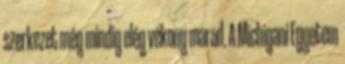
szerkezet még mindig elég vékony marad. A Michigani Egyetem